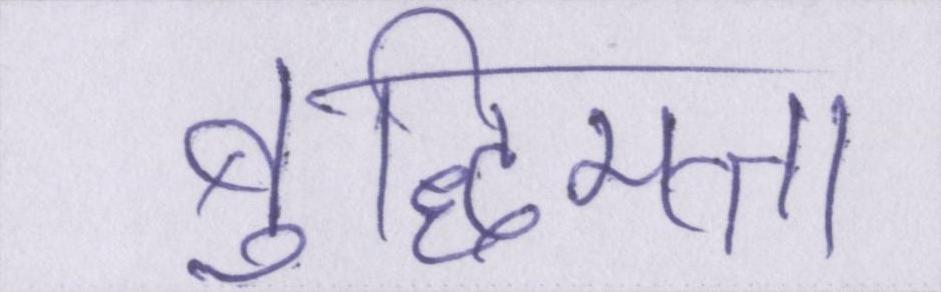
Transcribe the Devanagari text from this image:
बुद्धिमत्ता